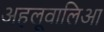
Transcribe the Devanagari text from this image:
अहलूवालिआ